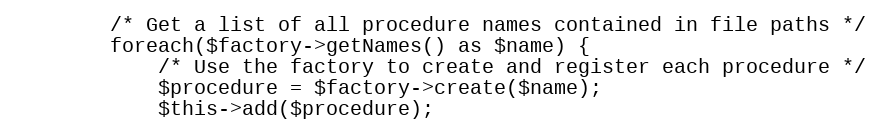
Language: PHP
        /* Get a list of all procedure names contained in file paths */
        foreach($factory->getNames() as $name) {
            /* Use the factory to create and register each procedure */
            $procedure = $factory->create($name);
            $this->add($procedure);